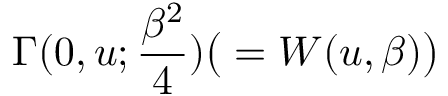
\Gamma ( 0 , u ; { \frac { \beta ^ { 2 } } { 4 } } ) \big ( = W ( u , \beta ) \big )